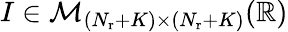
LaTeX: I\in{\cal M}_{(N_{\mathrm{r}}+K)\times(N_{\mathrm{r}}+K)}(\mathbb{R})